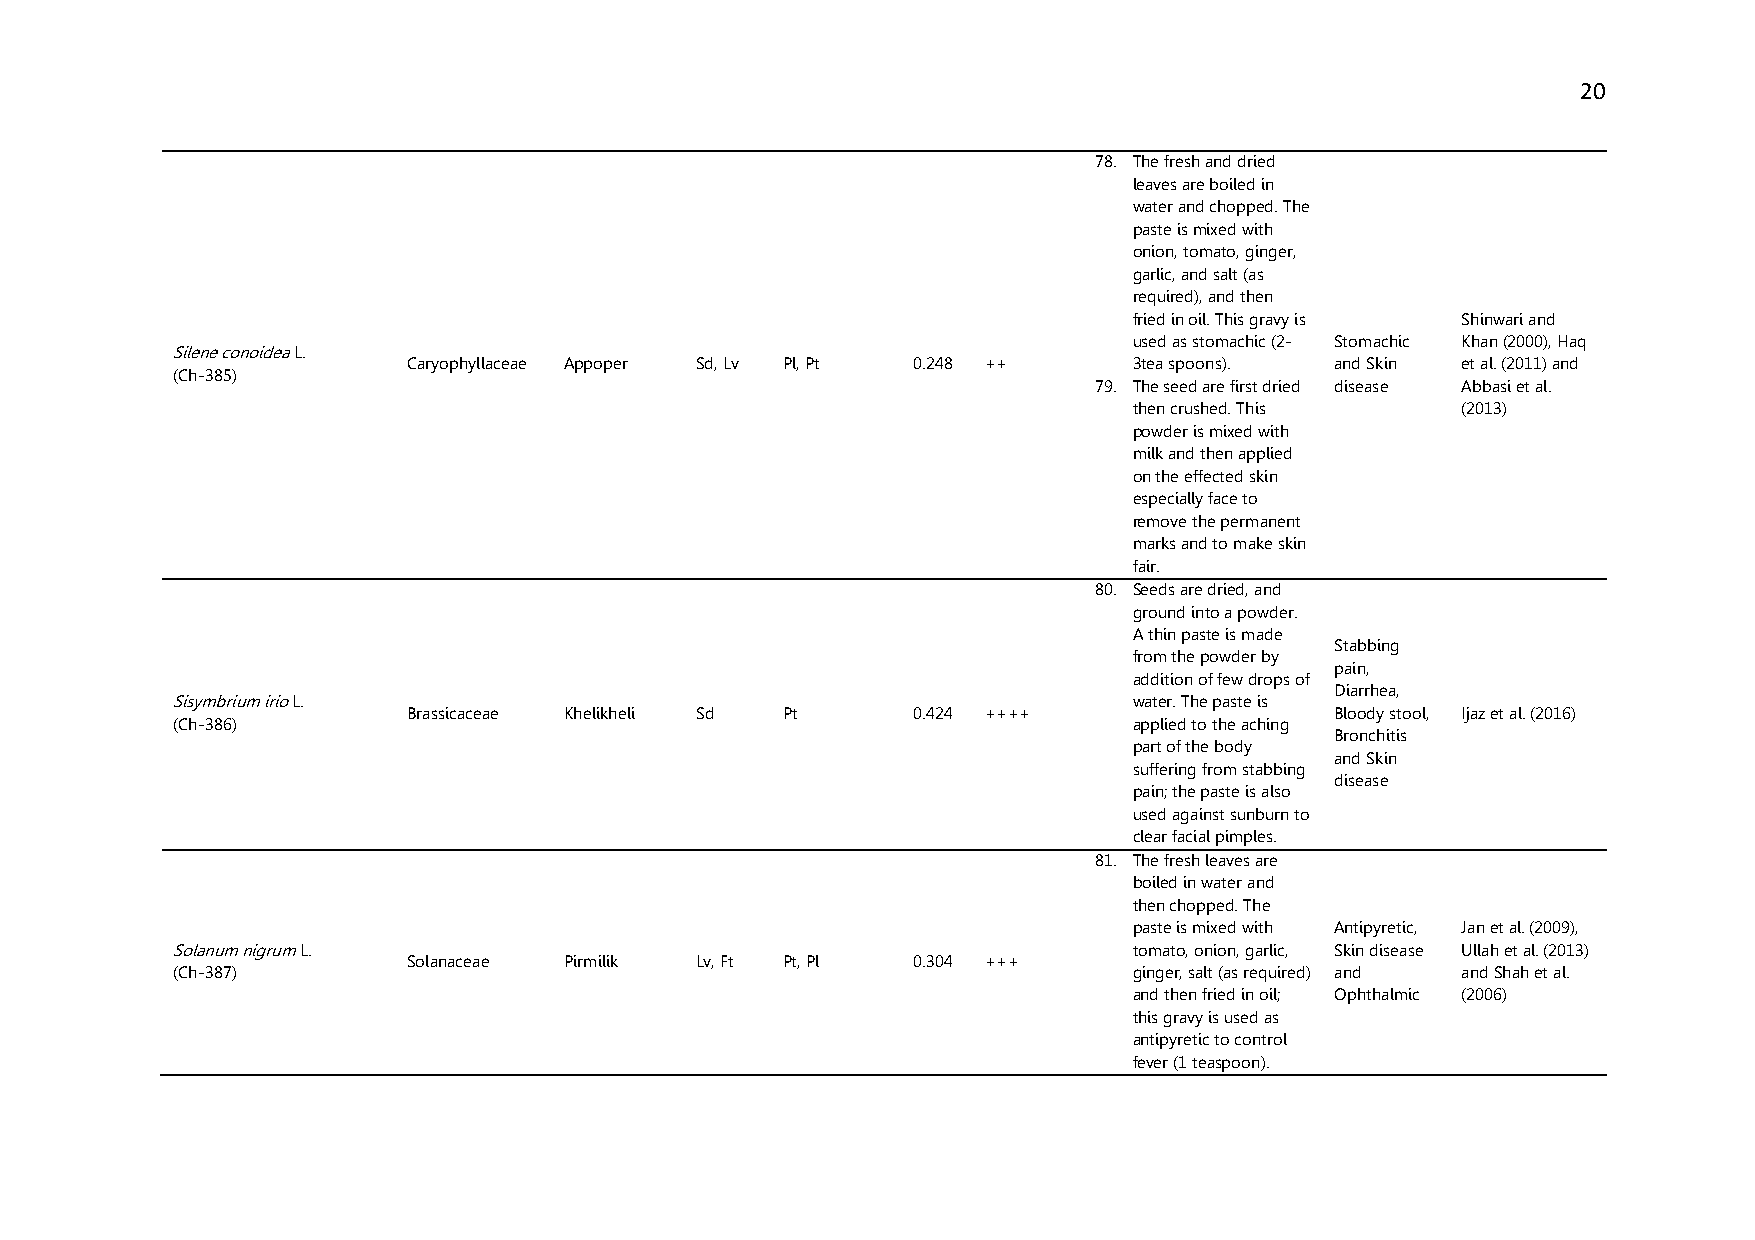
20
 78. The fresh and dried
 leaves are boiled in
 water and chopped. The
 paste is mixed with
 onion, tomato, ginger,
 garlic, and salt (as
 required), and then
 fried in oil. This gravy is Shinwari and
 used as stomachic (2- Stomachic Khan (2000), Haq
 Silene conoidea L.
 Caryophyllaceae Appoper Sd, Lv Pl, Pt 0.248 ++  3tea spoons). and Skin et al. (2011) and
 (Ch-385)
 79. The seed are first dried disease Abbasi et al.
 then crushed. This    (2013)
 powder is mixed with
 milk and then applied
 on the effected skin
 especially face to
 remove the permanent
 marks and to make skin
 fair.
 80. Seeds are dried, and
 ground into a powder.
 A thin paste is made
 Stabbing
 from the powder by
 pain,
 addition of few drops of
 Diarrhea,
 Sisymbrium irio L.                                              water. The paste is
 Brassicaceae Khelikheli Sd Pt    0.424 ++++                  Bloody stool, Ijaz et al. (2016)
 (Ch-386)                                                        applied to the aching
 Bronchitis
 part of the body
 and Skin
 suffering from stabbing
 disease
 pain; the paste is also
 used against sunburn to
 clear facial pimples.
 81. The fresh leaves are
 boiled in water and
 then chopped. The
 paste is mixed with Antipyretic, Jan et al. (2009),
 Solanum nigrum L.                                               tomato, onion, garlic, Skin disease Ullah et al. (2013)
 Solanaceae Pirmilik Lv, Ft Pt, Pl 0.304 +++
 (Ch-387)                                                        ginger, salt (as required) and and Shah et al.
 and then fried in oil; Ophthalmic (2006)
 this gravy is used as
 antipyretic to control
 fever (1 teaspoon).